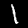
Digit: 1